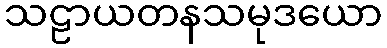
သဠာယတနသမုဒယော